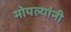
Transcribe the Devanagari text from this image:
मोपल्यांनी